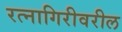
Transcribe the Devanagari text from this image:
रत्नागिरीवरील